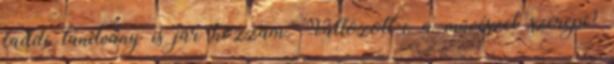
faddi tanítvány is jár hozzám. Változott-e a művészet szerepe?